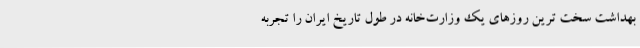
بهداشت سخت ترین روزهای یک وزارت‌خانه در طول تاریخ ایران را تجربه